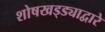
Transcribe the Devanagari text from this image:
शोषखड्ड्याद्वारे